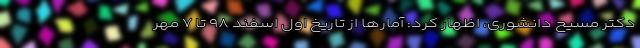
دکتر مسیح دانشوری، اظهار کرد: آمارها از تاریخ اول اسفند ۹۸ تا ۷ مهر